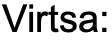
Virtsa: